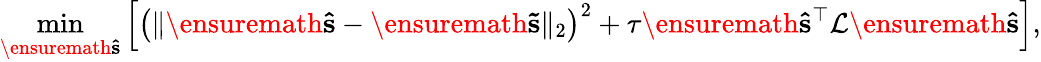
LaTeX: \operatorname*{min}_{\ensuremath{\mathbf{\hat{s}}}}\left[\left(\| \ensuremath{\mathbf{\hat{s}}}-\ensuremath{\mathbf{\tilde{s}}}\| _{2}\right)^{2}+\tau\ensuremath{\mathbf{\hat{s}}}^{\top}\mathcal L\ensuremath{\mathbf{\hat{s}}}\right],